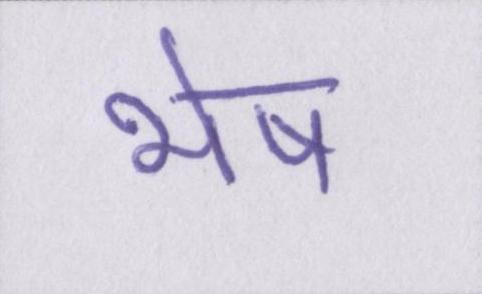
भेष